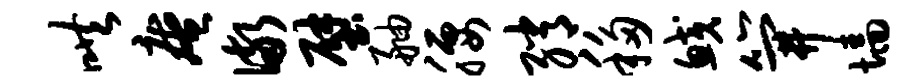
哄庵儆壁舳腰绡移鲛笄墙